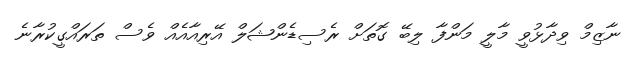
ނާޒިމް ވިދާޅުވީ މާލީ މަންފާ ލިބޭ ގޮތަށް ރެސިޑެންޝަލް އޭރިއާއެއް ވެސް ތަރައްގީކުރާނެ